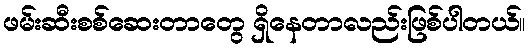
ဖမ်းဆီးစစ်ဆေးတာတွေ ရှိနေတာလည်းဖြစ်ပါတယ်။